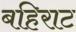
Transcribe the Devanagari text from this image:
बहिराट